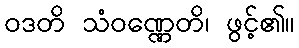
ဝဒတိ သံဝဏ္ဏေတိ၊ ဖွင့်၏။